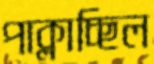
পাক্‌লাচ্ছিল